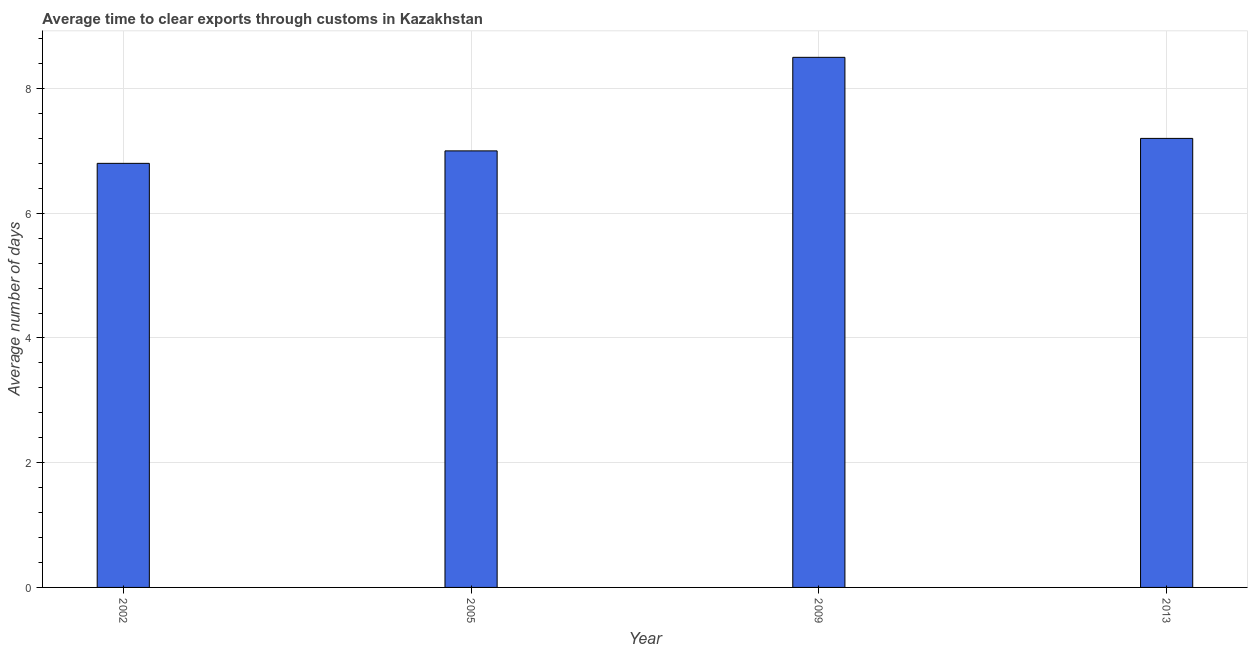
| Year | Time to clear exports through customs |
 | --- | --- |
 | 2002 | 6.8 |
 | 2005 | 7 |
 | 2009 | 8.5 |
 | 2013 | 7.2 |